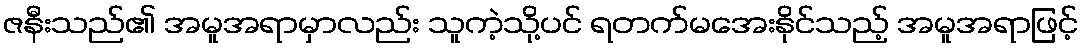
ဇနီးသည်၏ အမူအရာမှာလည်း သူကဲ့သို့ပင် ရတက်မအေးနိုင်သည့် အမူအရာဖြင့်